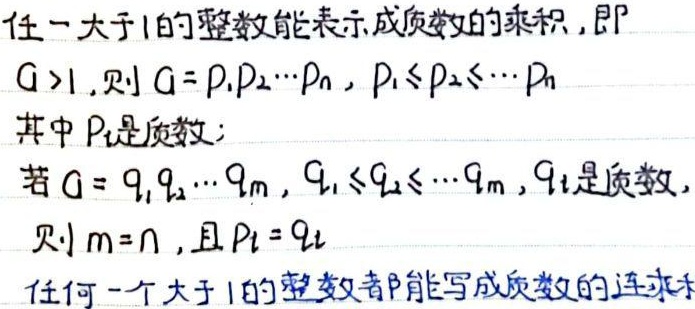
任一大于1的整数能表示成质数的乘积，即
$G > 1$，则$G = p_1p_2\cdots p_n$，$p_1\leq p_2\leq \cdots \leq p_n$
其中$p_i$是质数；
若$G = q_1q_2\cdots q_m$，$q_1\leq q_2\leq \cdots \leq q_m$，$q_i$是质数，
则$m = n$，且$p_i = q_i$
任何一个大于1的整数都能写成质数的连乘积